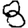
Digit: 8